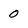
Character: 0